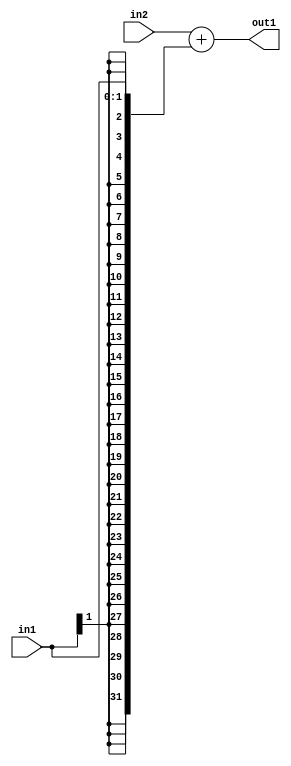
`timescale 1ps / 1ps
/*****************************************************************************
    Verilog RTL Description
    
    
    Created by: Stratus DpOpt 2019.1.01 
*******************************************************************************/

module fix2float_Add_32Sx2S_32S_1 (
	in2,
	in1,
	out1
	); /* architecture "behavioural" */ 
input [31:0] in2;
input [1:0] in1;
output [31:0] out1;
wire [31:0] asc001;

assign asc001 = 
	+(in2)
	+({{30{in1[1]}}, in1});

assign out1 = asc001;
endmodule

/* CADENCE  ubLzTgA= : u9/ySgnWtBlWxVPRXgAZ4Og= ** DO NOT EDIT THIS LINE ******/